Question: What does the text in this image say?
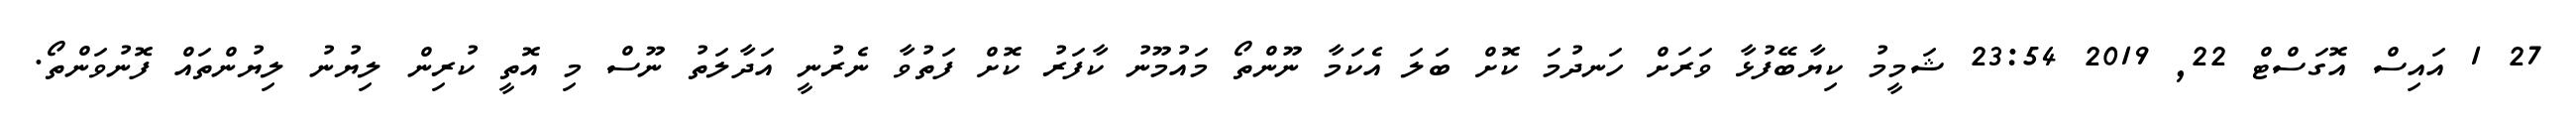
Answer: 27 1 އައިސް އޮގަސްޓް 22, 2019 23:54 ޝަމީމު ކިޔާބޭފުޅާ ވަރަށް ހަނދުމަ ކޮށް ބަލަ އެކަމާ ނޫންތޯ މައުމޫނު ކާފަރު ކޮށް ފަތުވާ ނެރުނީ އަދާލަތު ނޫސް މި އޮތީ ކުރިން ލިޔުނު ލިޔުންތައް ފޮނުވަންތޯ.